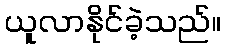
ယူလာနိုင်ခဲ့သည်။